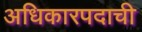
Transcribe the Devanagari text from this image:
अधिकारपदाची